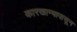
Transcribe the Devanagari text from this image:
कारखान्यापासून